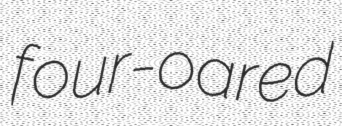
four-oared